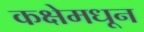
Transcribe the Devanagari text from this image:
कक्षेमधून